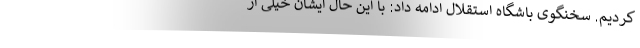
کردیم. سخنگوی باشگاه استقلال ادامه داد: با این حال ایشان خیلی از